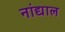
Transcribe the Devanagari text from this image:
नांद्याल